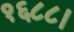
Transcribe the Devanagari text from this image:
१६८८।